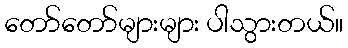
တော်တော်များများ ပါသွားတယ်။